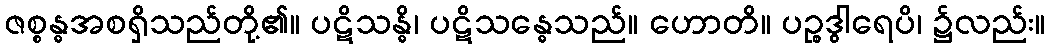
ဇစ္စန္ဓအစရှိသည်တို့၏။ ပဋိသန္ဓိ၊ ပဋိသန္ဓေသည်။ ဟောတိ။ ပဉ္စဒွါရေပိ၊ ၌လည်း။